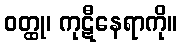
ဝတ္ထု၊ ကုဋီနေရာကို။